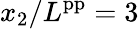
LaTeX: x_{2}/L^{\mathrm{pp}}=3